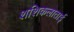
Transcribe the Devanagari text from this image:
शशिकलाताई